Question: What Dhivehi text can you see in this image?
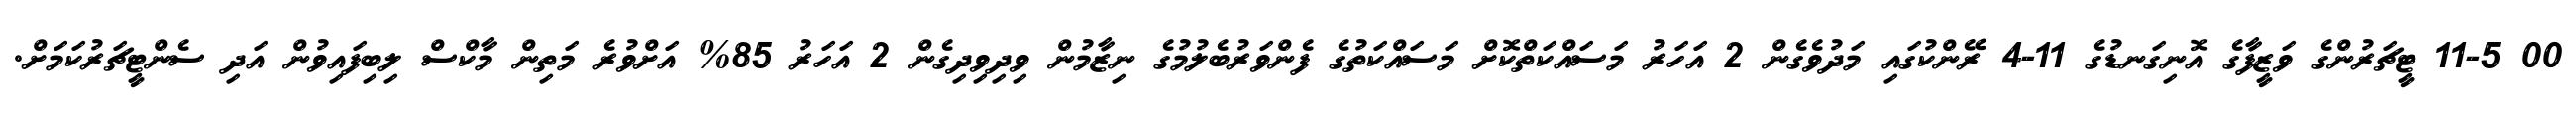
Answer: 00 11-5 ޓީޗަރުންގެ ވަޒީފާގެ އޮނިގަނޑުގެ 11-4 ރޭންކުގައި މަދުވެގެން 2 އަހަރު މަސައްކަތްކޮށް މަސައްކަތުގެ ފެންވަރުބެލުމުގެ ނިޒާމުން ވިދިވިދިގެން 2 އަހަރު 85% އަށްވުރެ މަތިން މާކްސް ލިބިފައިވުން އަދި ސެންޓީޗަރުކަމަށް.